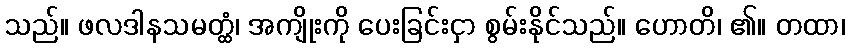
သည်။ ဖလဒါနသမတ္ထံ၊ အကျိုးကို ပေးခြင်းငှာ စွမ်းနိုင်သည်။ ဟောတိ၊ ၏။ တထာ၊